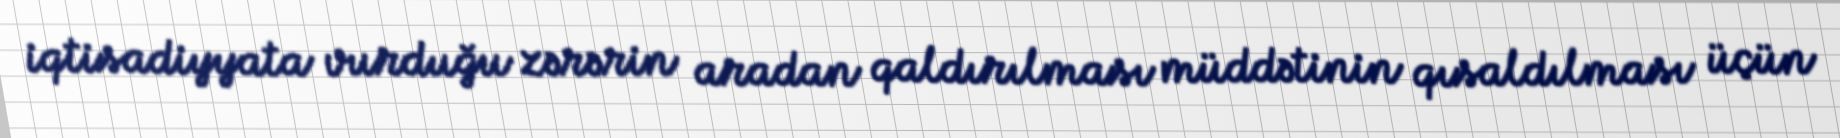
iqtisadiyyata vurduğu zərərin aradan qaldırılması müddətinin qısaldılması üçün